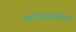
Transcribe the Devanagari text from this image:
स्वराज्यसंस्थांच्या